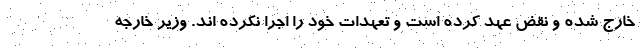
خارج شده و نقض عهد کرده است و تعهدات خود را اجرا نکرده اند. وزیر خارجه